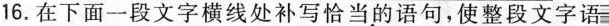
16.在下面一段文字横线处补写恰当的语句，使整段文字语